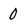
Character: 0